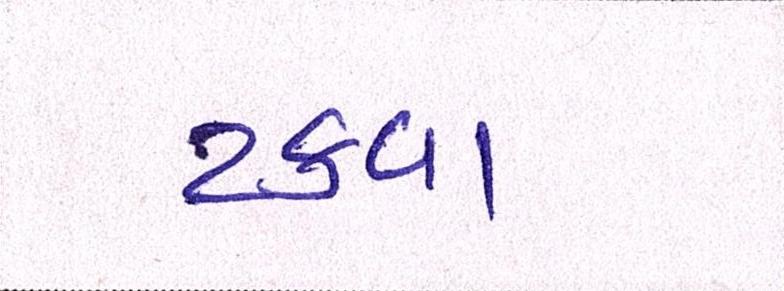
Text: ટકવા